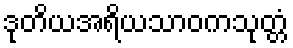
ဒုတိယအရိယသာဝကသုတ္တံ